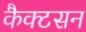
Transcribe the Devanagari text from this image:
कैक्टसन